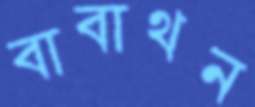
বাবাথন